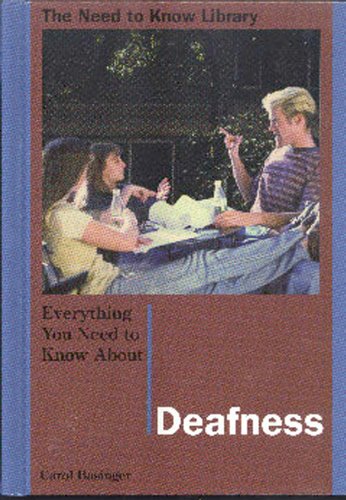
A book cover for Everything You Need to Know About Deafness (Need to Know Library); Carol Basinger; Teen & Young Adult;